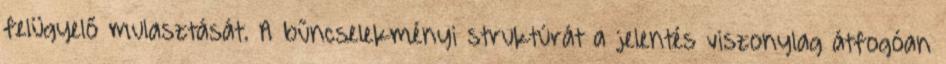
felügyelő mulasztását. A bűncselekményi struktúrát a jelentés viszonylag átfogóan